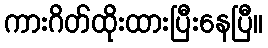
ကားဂိတ်ထိုးထားပြီးနေပြီ။